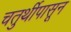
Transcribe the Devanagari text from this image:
चतुर्थीपासून